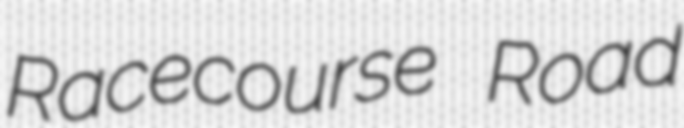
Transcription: Racecourse Road